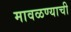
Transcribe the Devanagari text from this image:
मावळण्याची